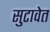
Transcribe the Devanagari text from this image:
सुटावेत